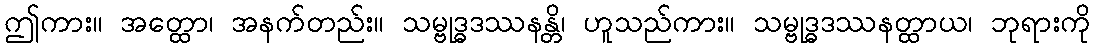
ဤကား။ အတ္ထော၊ အနက်တည်း။ သမ္ဗုဒ္ဓဒဿနန္တိ၊ ဟူသည်ကား။ သမ္ဗုဒ္ဓဒဿနတ္ထာယ၊ ဘုရားကို